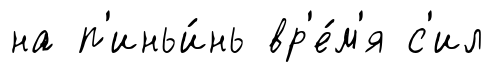
на п'иньи́нь вр'е́м'я с'ил